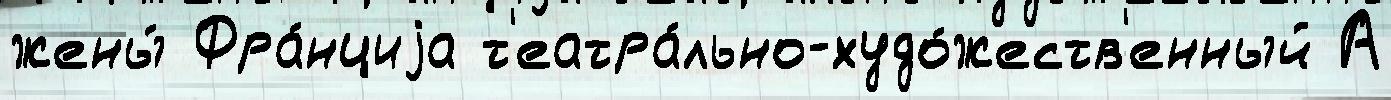
жены́ Фра́нциjа т'еатра́льно-худо́жеств'енный А